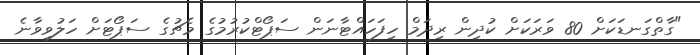
"ގާތްގަނޑަކަށް 80 ވަރަކަށް ކުދިން ރިދަމް ހިފަހައްޓާނަން ސަޕޯޓްކުރުމުގެ މެޗުގެ ސަޕޯޓަށް ހަލުވިވާނެ